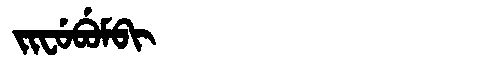
Manchu: ᠵᡳᠸᡠᠪᡠᠮᠪᡳ
Romanization: JIFUBUMBI